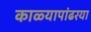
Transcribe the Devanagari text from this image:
काळ्यापांढरया